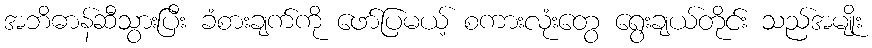
အဘိဓာန်ဆီသွားပြီး ခံစားချက်ကို ဖော်ပြမယ့် စကားလုံးတွေ ရွေးချယ်တိုင်း သည်အမျိုး